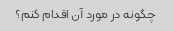
چگونه در مورد آن اقدام کنم؟